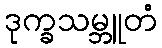
ဒုက္ခသမ္ဘူတံ